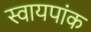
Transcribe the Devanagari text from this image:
स्वायपांक